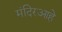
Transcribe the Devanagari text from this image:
मंदिरआहे